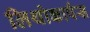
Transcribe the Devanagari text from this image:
लिथोकार्पस